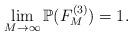
LaTeX: \begin{align*} \lim_{M \to \infty } \mathbb{P} ( F^{(3)}_{M}) =1.\end{align*}